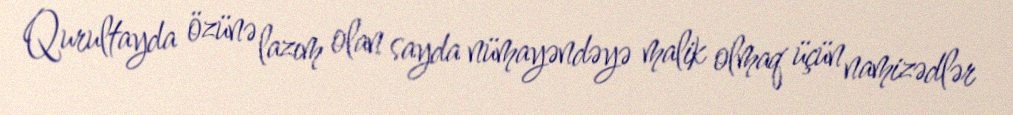
Qurultayda özünə lazım olan sayda nümayəndəyə malik olmaq üçün namizədlər